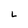
Character: L